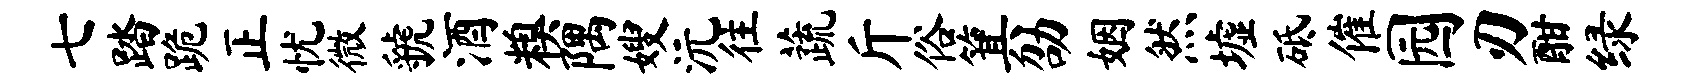
七踏跪正忧微虢酒糗隅嫂沅往蔬斤俗箕劭姻然墟砥催园刃酣绿